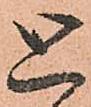
と